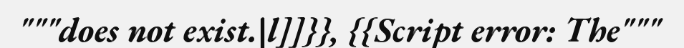
"""does not exist.|l]]}}, {{Script error: The"""